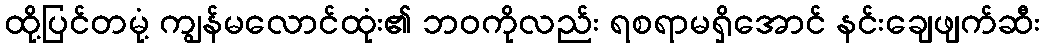
ထို့ပြင်တမုံ့ ကျွန်မလောင်ထုံး၏ ဘဝကိုလည်း ရစရာမရှိအောင် နင်းချေဖျက်ဆီး